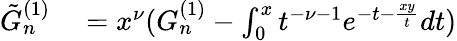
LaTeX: \begin{array}{rl}{\tilde{G}_{n}^{(1)}}&{{}=x^{\nu}(G_{n}^{(1)}-\int_{0}^{x}t^{-\nu-1}e^{-t-\frac{xy}{t}}dt)}\end{array}